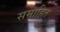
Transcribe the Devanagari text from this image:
समाहित